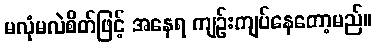
မလုံမလဲစိတ်ဖြင့် အနေရ ကျဉ်းကျပ်နေတော့မည်။